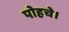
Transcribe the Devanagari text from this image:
पोहचे।